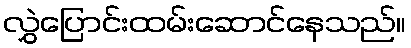
လွှဲပြောင်းထမ်းဆောင်နေသည်။